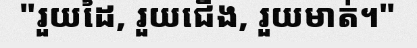
"រួយដៃ, រួយជើង, រួយមាត់។"